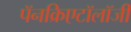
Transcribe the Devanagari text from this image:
पॅनक्रिएटॉलॉजी